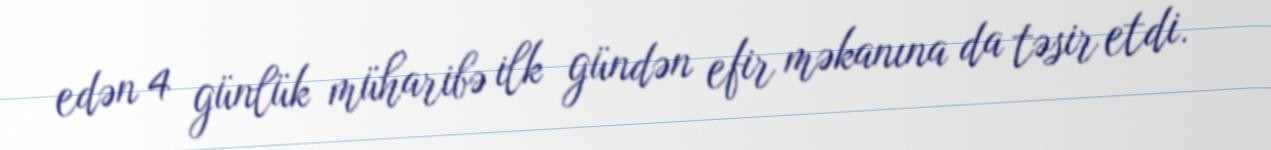
edən 4 günlük müharibə ilk gündən efir məkanına da təsir etdi.